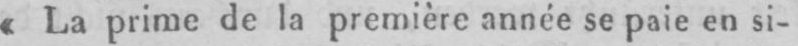
«La prime de la première année se paie en si-